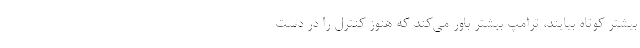
بیشتر کوتاه بیایند، ترامپ بیشتر باور می‌کند که هنوز کنترل را در دست